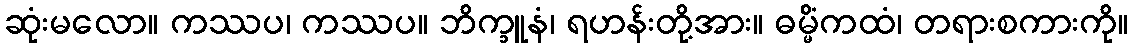
ဆုံးမလော။ ကဿပ၊ ကဿပ။ ဘိက္ခူနံ၊ ရဟန်းတို့အား။ ဓမ္မိံကထံ၊ တရားစကားကို။